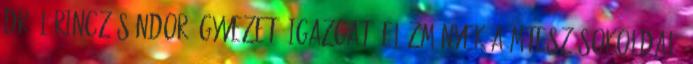
Dr. Lőrincz Sándor ügyvezető igazgató Előzmények a MTESZ sokoldalú